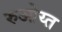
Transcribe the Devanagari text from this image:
रुओय्त